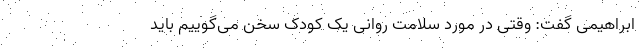
ابراهیمی گفت: وقتی در مورد سلامت روانی یک کودک سخن می‌گوییم باید